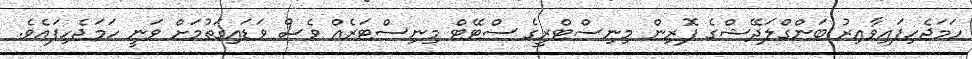
ހަމަޖެހިފައިވާއިރު ބަންގްލަދޭޝްގެ ފޮރިން މިނިސްޓްރީގެ ސްޓޭޓް މިނިސްޓަރެއް ވެސް ވަޑައިގަތުމަށް ވަނީ ހަމަޖެހިފައެވެ.